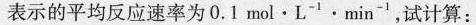
表示的平均反应速率为0.1mol\cdot L^{-1}\cdotmin^{-1}，试计算：